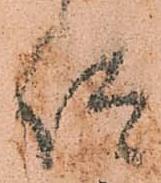
仰